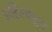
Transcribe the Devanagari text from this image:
अहिल्येश्वर